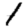
Digit: 1